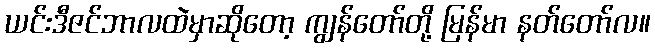
ယင်းဒီဇင်ဘာလထဲမှာဆိုတော့ ကျွန်တော်တို့ မြန်မာ နတ်တော်လ။